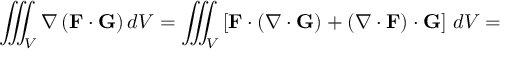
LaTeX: \iiint _ { V } \nabla \left( \mathbf { F } \cdot \mathbf { G } \right) d V = \iiint _ { V } \left[ \mathbf { F } \cdot \left( \nabla \cdot \mathbf { G } \right) + \left( \nabla \cdot \mathbf { F } \right) \cdot \mathbf { G } \right] \, d V =